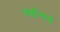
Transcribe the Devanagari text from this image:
वर्णनाने